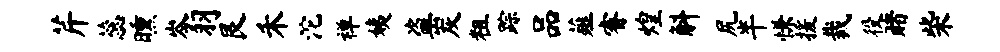
芹蕊曛岑羽艮禾沱禅姨盗炭粗踪品薤睿煌斛尻半慊援裁役赌柴